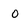
Character: o